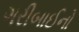
ગરીબાઈનો